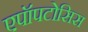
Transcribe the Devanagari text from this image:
एपॉपटोसिस